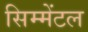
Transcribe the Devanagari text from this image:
सिम्मेंटल